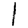
Digit: 1